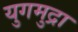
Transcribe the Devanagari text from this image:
युगमुद्रा